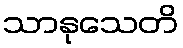
သာနုသေတိ